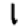
Digit: 1